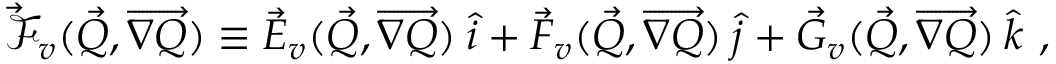
\vec { \mathcal { F } } _ { v } ( \vec { Q } , \overrightarrow { \nabla Q } ) \equiv \vec { E } _ { v } ( \vec { Q } , \overrightarrow { \nabla Q } ) \: \hat { i } + \vec { F } _ { v } ( \vec { Q } , \overrightarrow { \nabla Q } ) \: \hat { j } + \vec { G } _ { v } ( \vec { Q } , \overrightarrow { \nabla Q } ) \: \hat { k } \mathrm { ~ , ~ }